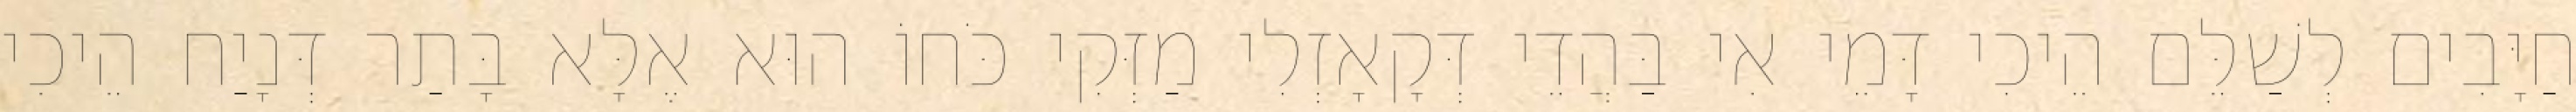
חַיָּבִים לְשַׁלֵּם הֵיכִי דָּמֵי אִי בַּהֲדֵי דְּקָאָזְלִי מַזְּקִי כֹּחוֹ הוּא אֶלָּא בָּתַר דְּנָיַח הֵיכִי